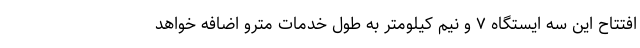
افتتاح این سه ایستگاه ۷ و نیم کیلومتر به طول خدمات مترو اضافه خواهد